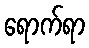
ရောက်ရာ